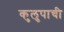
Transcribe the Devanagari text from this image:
कुलुपाची